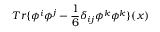
T r \{ \phi ^ { i } \phi ^ { j } - \frac { 1 } { 6 } \delta _ { i j } \phi ^ { k } \phi ^ { k } \} ( x )